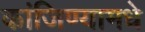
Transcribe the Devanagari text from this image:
कांजिण्यामधे